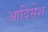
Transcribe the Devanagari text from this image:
आदिसेश